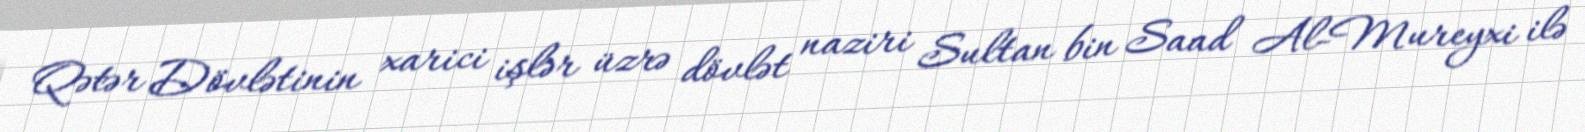
Qətər Dövlətinin xarici işlər üzrə dövlət naziri Sultan bin Saad Al-Mureyxi ilə